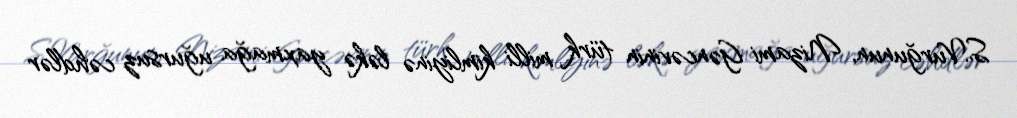
S.Vurğunun, Nizami Gəncəvinin türk milli kimliyinə ləkə yaxmağa uğursuz cəhdlər